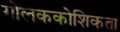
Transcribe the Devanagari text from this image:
गोलककोशिकता